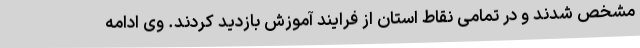
مشخص شدند و در تمامی نقاط استان از فرایند آموزش بازدید کردند. وی ادامه